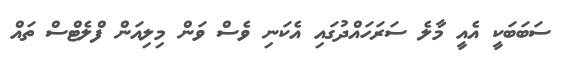
ސަބަބަކީ އެއީ މާލެ ސަރަހައްދުގައި އެކަނި ވެސް ވަން މިލިއަން ފްލެޓްސް ތައް